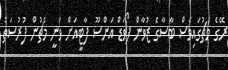
ރޭގެ މެޗުގައިވެސް ބާސާގެ ޒުވާން ފޯވަޑް އަންސޫ ފާޓީއަށް ވަނީ މެޗުން ފުރުސަތު